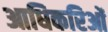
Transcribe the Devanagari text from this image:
आधिकरिओं